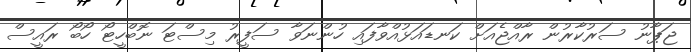
ޖަޕާނު ސަރުކާރުން ރާއްޖެއަށް ކަނޑައަޅުއްވާފައި ހުންނަވާ ސަފީރު މިސްޓަ ނޮބްހީޓޯ ހޯބޯ ރައީސް